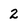
Character: 2